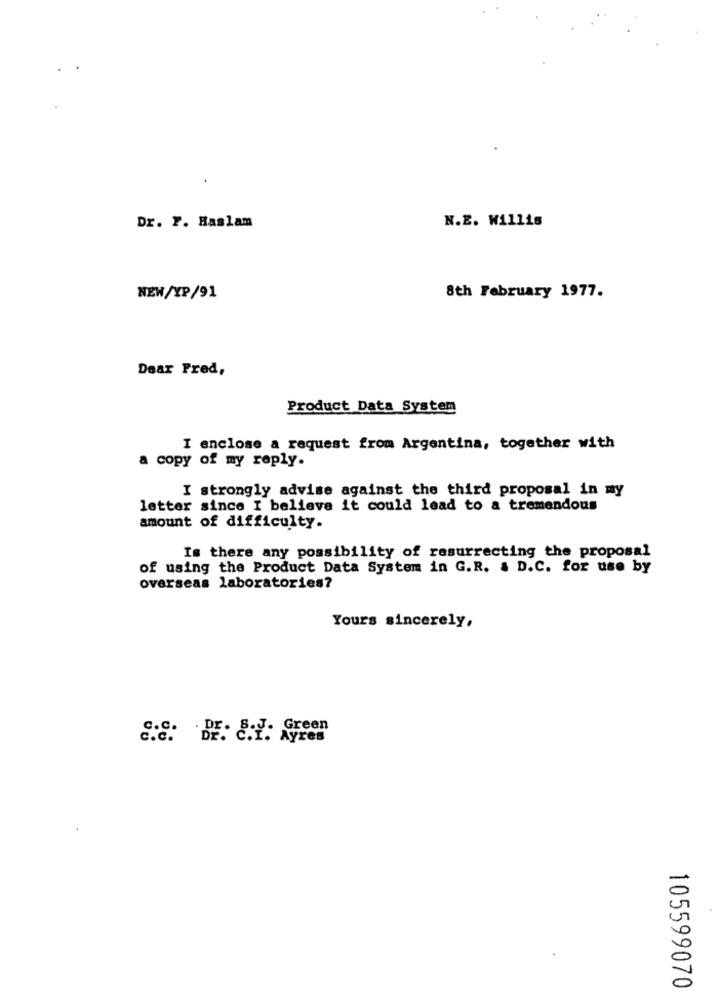
Dr. F. Haslam
N.E. Willis
NEW/YP/91
8th February 1977.
Dear Fred,
Product Data System
I enclose a request from Argentina, together with
a copy of my reply.
I strongly advise against the third proposal in my
letter since I believe it could lead to a tremendous
amount of difficulty.
Is there any possibility of resurrecting the proposal
of using the Product Data System in G.R. & D.C. for use by
overseas laboratories?
Yours sincerely,
Green
c.C.
DE. C.Y. Ayres
105599070